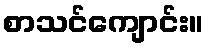
စာသင်ကျောင်း။